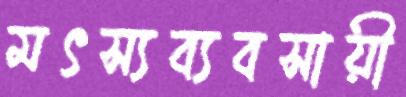
মৎস্যব্যবসায়ী